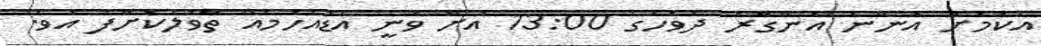
އެކަމަށް އަންނަ އަންގާރަ ދުވަހުގެ 13:00 އަށް ވަނީ އަޑުއެހުމެއް ތާވަލުކޮށްފަ އެވެ.